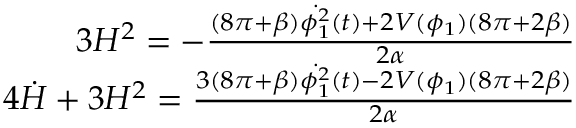
\begin{array} { r l r } & { } & { 3 H ^ { 2 } = - \frac { ( 8 \pi + \beta ) { \dot { \phi _ { 1 } ^ { 2 } } } ( t ) + 2 V ( \phi _ { 1 } ) ( 8 \pi + 2 \beta ) } { 2 \alpha } } \\ & { } & { 4 \dot { H } + 3 H ^ { 2 } = \frac { 3 ( 8 \pi + \beta ) { \dot { \phi _ { 1 } ^ { 2 } } } ( t ) - 2 V ( \phi _ { 1 } ) ( 8 \pi + 2 \beta ) } { 2 \alpha } } \end{array}